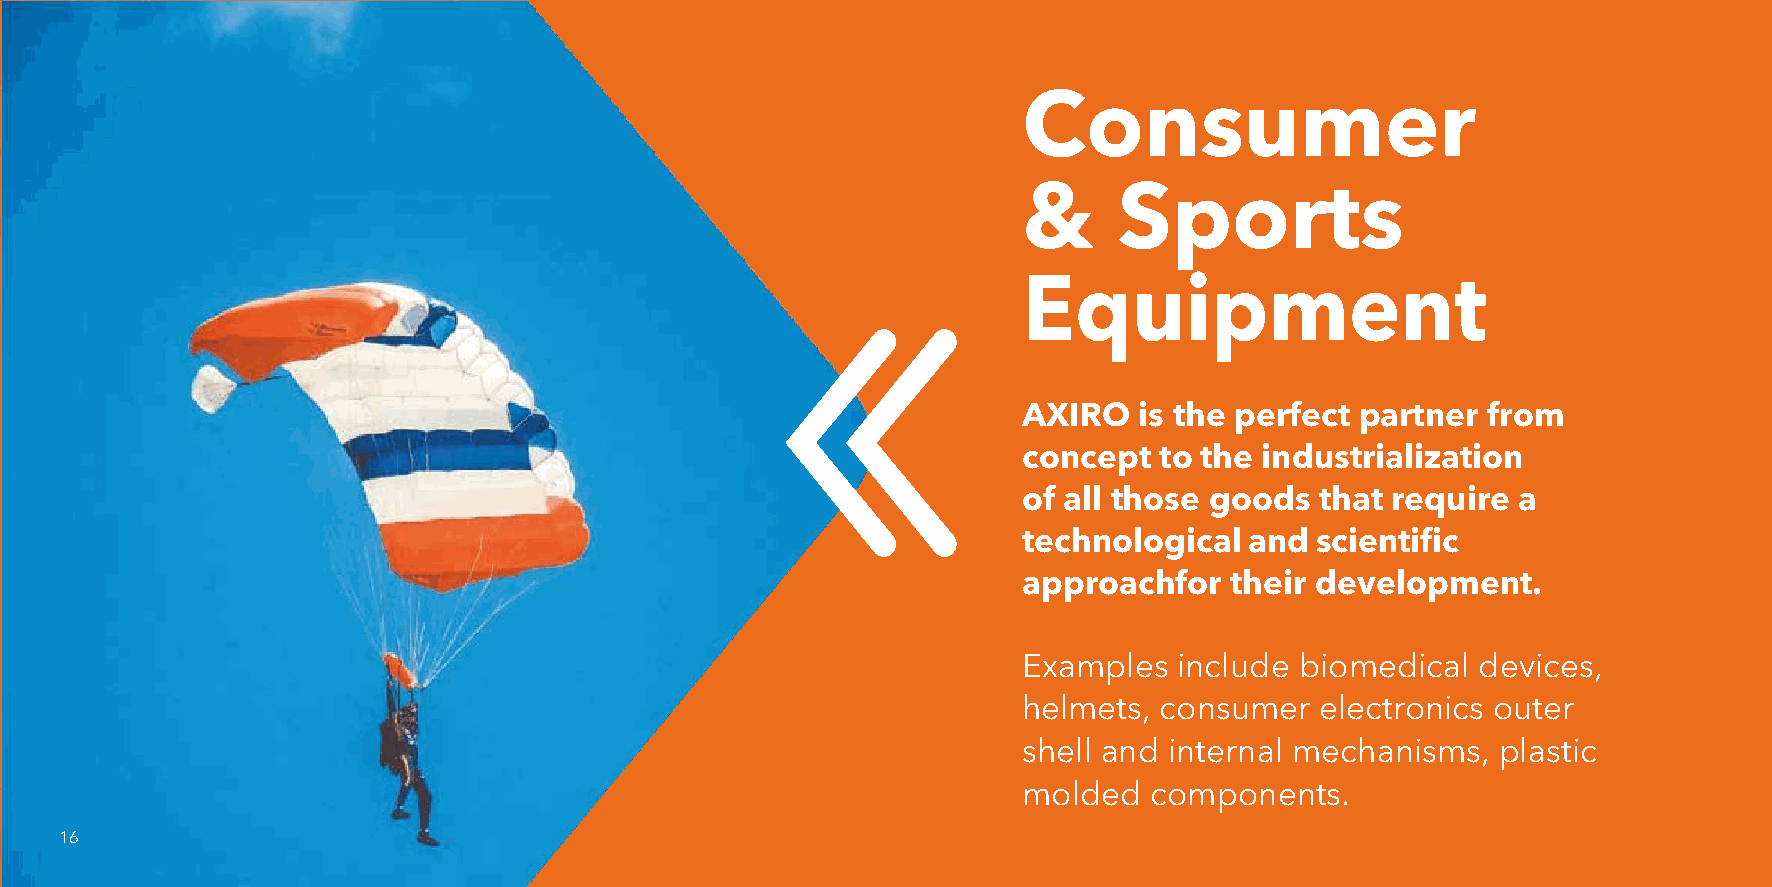
Consumer
 &     Sports
 Equipment
 AXIRO  is the perfect partner from
 concept  to the industrialization
 of all those goods that require  a
 technological  and scientific
 approach  for their development.
 Examples  include biomedical  devices,
 helmets, consumer  electronics outer
 shell and internal mechanisms, plastic
 molded  components.
 16